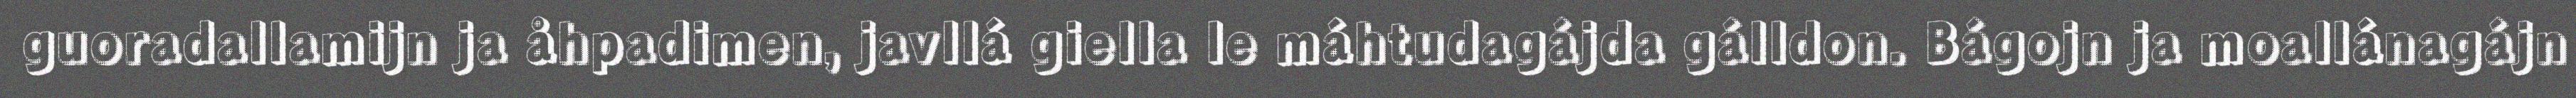
guoradallamijn ja åhpadimen, javllá giella le máhtudagájda gálldon. Bágojn ja moallánagájn